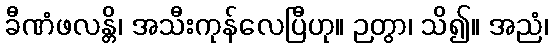
ခီဏံဖလန္တိ၊ အသီးကုန်လေပြီဟု။ ဉတွာ၊ သိ၍။ အညံ၊